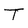
Character: T